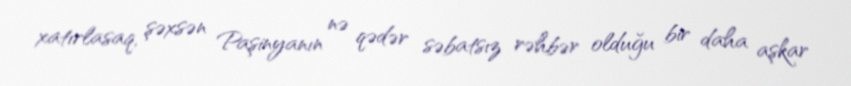
xatırlasaq, şəxsən Paşinyanın nə qədər səbatsız rəhbər olduğu bir daha aşkar